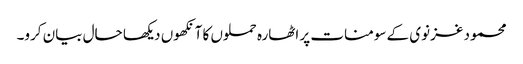
محمود غزنوی کے سومنات پر اٹھارہ حملوں کا آنکھوں دیکھا حال بیان کرو۔